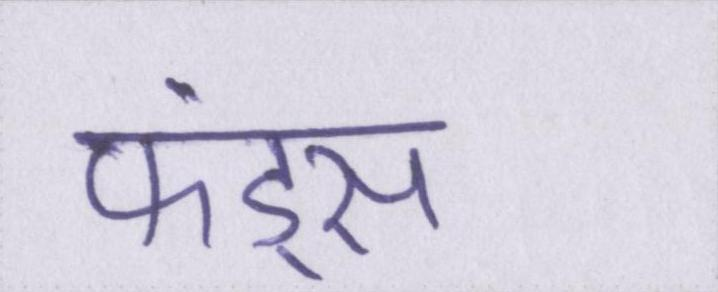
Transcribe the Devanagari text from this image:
फंड्स